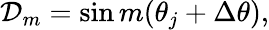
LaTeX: {\cal D}_{m}=\sin m(\theta_{j}+\Delta\theta),